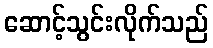
ဆောင့်သွင်းလိုက်သည်